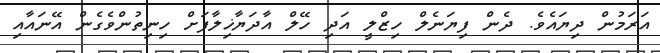
އަރަމުން ދިޔައެވެ. ދެން ފިޔަނެލް ހިޒްލީ އަދި ހޭލް އާދަޔާޚިލާފަށް ހިނިތުންވެގެން އޭނައާއި